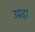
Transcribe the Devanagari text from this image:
उप्रड़ा